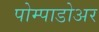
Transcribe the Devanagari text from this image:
पोम्पाडोअर